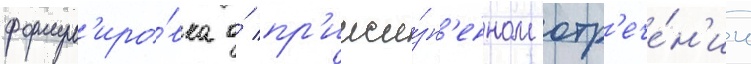
формул'иро́вка о́ пр'ижи́зн'енном отр'ече́н'ии